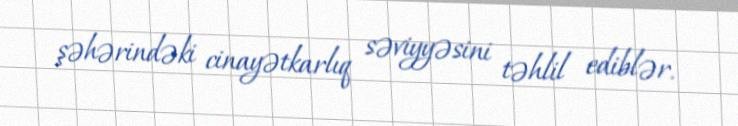
şəhərindəki cinayətkarlıq səviyyəsini təhlil ediblər.